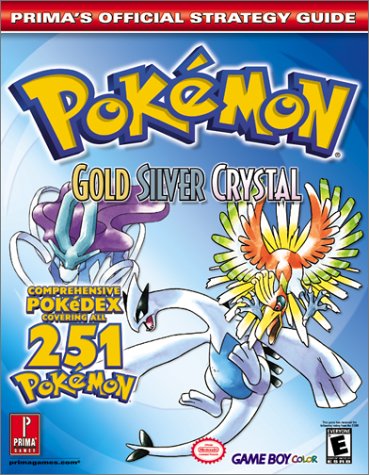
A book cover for Pokemon Gold, Silver, and Crystal (Prima's Official Strategy Guide); Prima Games; Computers & Technology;